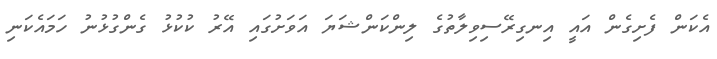
އެކަން ފެށިގެން އައީ އިނގިރޭސިވިލާތުގެ ލިންކަންޝަޔަ އަވަށުގައި އޭރު ކުކުޅު ގެންގުޅުނު ހަމައެކަނި